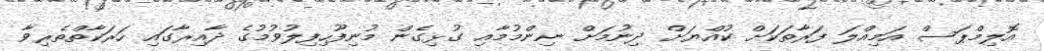
އޮލިމްޕަސް އަމިއްލަ ފަރާތަކަށް ކުއްޔަށް ދިނުމަށް ނިންމުމާއި ގުޅިގެން މުނިފޫހިފިލުވުމުގެ ދާއިރާގައި ހަރަކާތްތެރިވާ